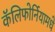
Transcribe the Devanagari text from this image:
कॅलिफोर्नियामधे